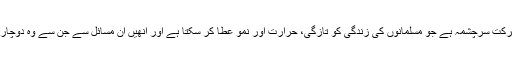
یہ عظیم سبق حاصل کرنا اور اس پر عمل کرنا، وہی پربرکت سرچشمہ ہے جو مسلمانوں کی زندگی کو تازگی، حرارت اور نمو عطا کر سکتا ہے اور انھیں ان مسائل سے جن سے وہ دوچار ہیں، اس دور میں اور تمام ادوار میں نجات دلا سکتا ہے۔